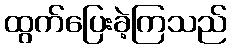
ထွက်ပြေးခဲ့ကြသည်